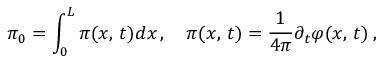
\pi _ { 0 } = \int _ { 0 } ^ { L } \pi ( x , \, t ) d x \, , \quad \pi ( x , \, t ) = \frac { 1 } { 4 \pi } \partial _ { t } \varphi ( x , \, t ) \: ,